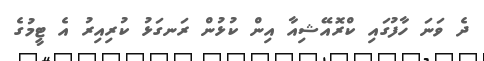
ދެ ވަނަ ހާފުގައި ކްރޮއޭޝިއާ އިން ކުޅުން ރަނގަޅު ކުރިއިރު އެ ޓީމުގެ